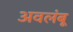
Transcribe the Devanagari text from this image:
अवलंबू